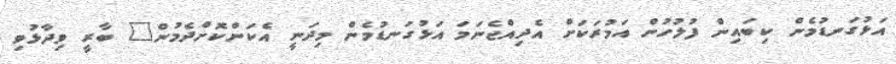
އަޅުގަނޑުމެން ކިބައިން ފުލުހުން އަމުރަކަށް އެދިއްޖެނަމަ އަޅުގަނޑުމެން މިދަނީ އެކަންކޮށްދެމުން" ބާރީ ވިދާޅުވި